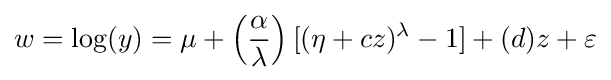
w=\log(y)=\mu +\left({\frac {\alpha }{\lambda }}\right)[(\eta +cz)^{\lambda }-1]+(d)z+\varepsilon